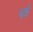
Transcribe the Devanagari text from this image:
चन्नै